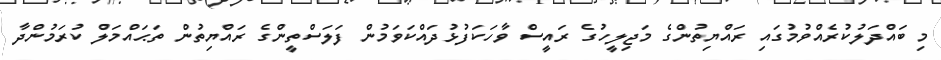
މި ބައްދަލުކުރެއްވުމުގައި ރައްޔިތުންގެ މަޖިލީހުގެ ރައީސް ވާހަކަފުޅުދައްކަވަމުން ފަލަސްތީންގެ ރައްޔިތުން ތަޙައްމަލް ކުރަމުންދާ